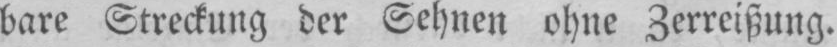
bare Streckung der Sehnen ohne Zerreißung.